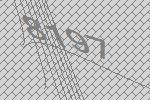
8197